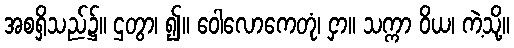
အစရှိသည်၌။ ဌတွာ၊ ၍။ ဝေါလောကေတုံ၊ ငှာ။ သက္ကာ ဝိယ၊ ကဲ့သို့။